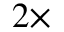
2 \times